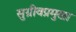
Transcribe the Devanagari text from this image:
सुग्रीवप्रमुखा